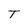
Character: T